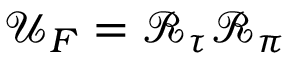
\mathcal { U } _ { F } = \mathcal { R } _ { \tau } \mathcal { R } _ { \pi }